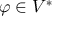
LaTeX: \varphi \in V ^ { * }